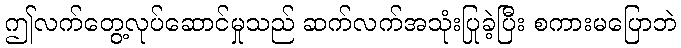
ဤလက်တွေ့လုပ်ဆောင်မှုသည် ဆက်လက်အသုံးပြုခဲ့ပြီး စကားမပြောဘဲ